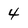
Character: 4